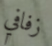
زفافي